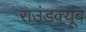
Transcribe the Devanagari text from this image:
राउंडक्यूब